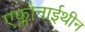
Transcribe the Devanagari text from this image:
एफ्लोनाईथीन